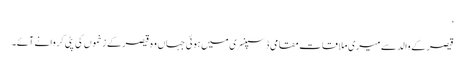
‘
قیصر کے والد سے میری ملاقات مقامی ڈسپنسری میں ہوئی جہاں وہ قیصر کے زخموں کی پٹی کروانے آئے۔